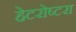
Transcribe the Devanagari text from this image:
हेटरोष्टरा